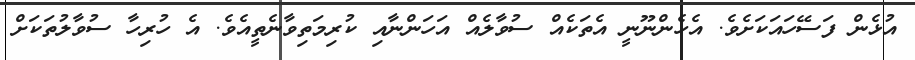
އުޅެން ފަސޭހައަކަށެވެ. އެހެންނޫނީ އެތަކެއް ސުވާލެއް އަހަންނާއި ކުރިމަތިވާނެތީއެވެ. އެ ހުރިހާ ސުވާލުތަކަށް